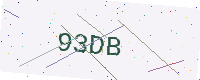
Text: 93DB